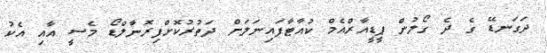
ދަގަނޑޭ ގެ ދެ ގޯލުން ޕީޑީއާރްއެމް ކުއާޓާފައިނަލަށް ދަތުރުކޮށްފިރޮނާލްޑޯ މެސީ އާއި އެކު